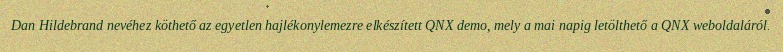
Dan Hildebrand nevéhez köthető az egyetlen hajlékonylemezre elkészített QNX demo, mely a mai napig letölthető a QNX weboldaláról.